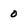
Character: 0